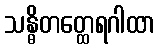
သန္ဓိတတ္ထေရဂါထာ